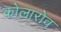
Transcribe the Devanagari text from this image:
कोलारोव